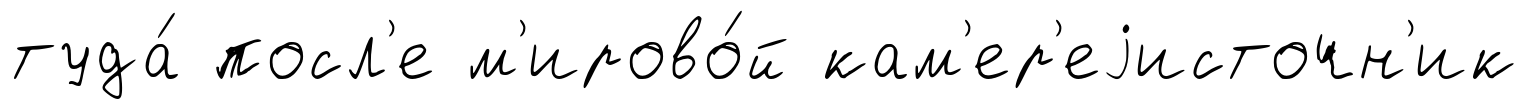
туда́ посл'е м'ирово́й кам'ер'еjисточн'ик